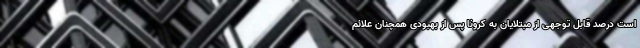
است درصد قابل توجهی از مبتلایان به کرونا پس از بهبودی همچنان علائم